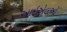
આઇએલઓ